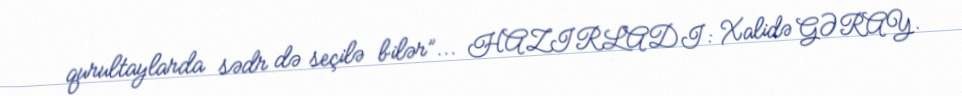
qurultaylarda sədr də seçilə bilər”... HAZIRLADI: Xalidə GƏRAY.